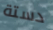
دستة